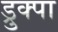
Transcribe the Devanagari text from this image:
ड्रुक्पा